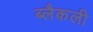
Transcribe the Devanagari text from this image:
ब्लैकली